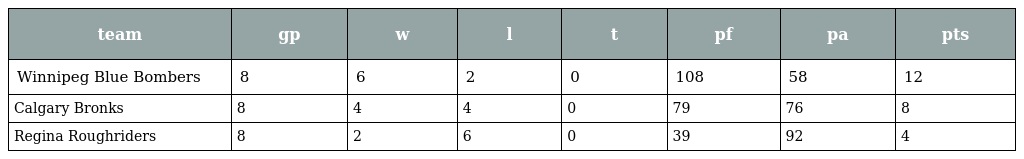
| team | gp | w | l | t | pf | pa | pts |
 | --- | --- | --- | --- | --- | --- | --- | --- |
 | Winnipeg Blue Bombers | 8 | 6 | 2 | 0 | 108 | 58 | 12 |
 | Calgary Bronks | 8 | 4 | 4 | 0 | 79 | 76 | 8 |
 | Regina Roughriders | 8 | 2 | 6 | 0 | 39 | 92 | 4 |